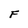
Character: F